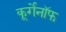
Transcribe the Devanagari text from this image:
कूर्गेनॉफ